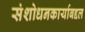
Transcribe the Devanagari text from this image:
संशोधनकार्याबद्दल